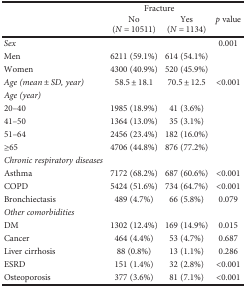
<table><thead><tr><td rowspan="2"></td><td colspan="2"><b>Fracture</b></td><td rowspan="2"><b><i>p</i> value</b></td></tr><tr><td><b>No (<i>N</i> = 10511)</b></td><td><b>Yes (<i>N</i> = 1134)</b></td></tr></thead><tbody><tr><td><i>Sex</i></td><td></td><td></td><td>0.001</td></tr><tr><td>Men</td><td>6211 (59.1%)</td><td>614 (54.1%)</td><td></td></tr><tr><td>Women</td><td>4300 (40.9%)</td><td>520 (45.9%)</td><td></td></tr><tr><td><i>Age (mean ± SD, year)</i></td><td>58.5 ± 18.1</td><td>70.5 ± 12.5</td><td>&lt;0.001</td></tr><tr><td><i>Age (year)</i></td><td></td><td></td><td></td></tr><tr><td>20–40</td><td>1985 (18.9%)</td><td>41 (3.6%)</td><td></td></tr><tr><td>41–50</td><td>1364 (13.0%)</td><td>35 (3.1%)</td><td></td></tr><tr><td>51–64</td><td>2456 (23.4%)</td><td>182 (16.0%)</td><td></td></tr><tr><td>≥65</td><td>4706 (44.8%)</td><td>876 (77.2%)</td><td></td></tr><tr><td><i>Chronic respiratory diseases</i></td><td></td><td></td><td></td></tr><tr><td>Asthma</td><td>7172 (68.2%)</td><td>687 (60.6%)</td><td>&lt;0.001</td></tr><tr><td>COPD</td><td>5424 (51.6%)</td><td>734 (64.7%)</td><td>&lt;0.001</td></tr><tr><td>Bronchiectasis</td><td>489 (4.7%)</td><td>66 (5.8%)</td><td>0.079</td></tr><tr><td><i>Other comorbidities</i></td><td></td><td></td><td></td></tr><tr><td>DM</td><td>1302 (12.4%)</td><td>169 (14.9%)</td><td>0.015</td></tr><tr><td>Cancer</td><td>464 (4.4%)</td><td>53 (4.7%)</td><td>0.687</td></tr><tr><td>Liver cirrhosis</td><td>88 (0.8%)</td><td>13 (1.1%)</td><td>0.286</td></tr><tr><td>ESRD</td><td>151 (1.4%)</td><td>32 (2.8%)</td><td>&lt;0.001</td></tr><tr><td>Osteoporosis</td><td>377 (3.6%)</td><td>81 (7.1%)</td><td>&lt;0.001</td></tr></tbody></table>